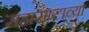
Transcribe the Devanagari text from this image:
सहासष्टाव्या